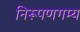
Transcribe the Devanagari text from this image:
निरूपणगम्य